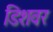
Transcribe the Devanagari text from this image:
डिशवर